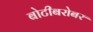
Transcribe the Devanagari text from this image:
बोटीबरोबर